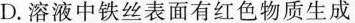
D.溶液中铁丝表面有红色物质生成